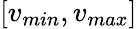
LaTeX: [v_{min},v_{max}]